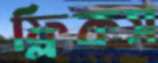
ফ্লিকস